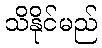
သိနိုင်မည်